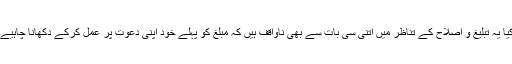
کیا یہ تبلیغ و اصلاح کے تناظر میں اتنی سی بات سے بھی ناواقف ہیں کہ مبلغ کو پہلے خود اپنی دعوت پر عمل کرکے دکھانا چاہیے۔